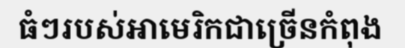
ធំៗរបស់អាមេរិកជាច្រើនកំពុង